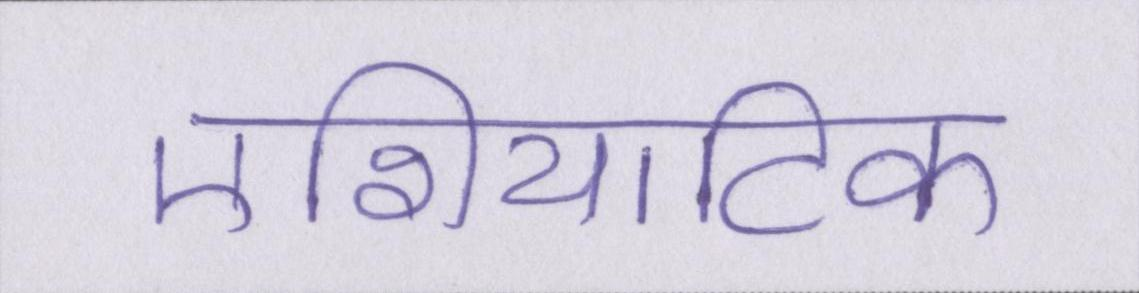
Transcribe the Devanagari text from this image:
एशियाटिक